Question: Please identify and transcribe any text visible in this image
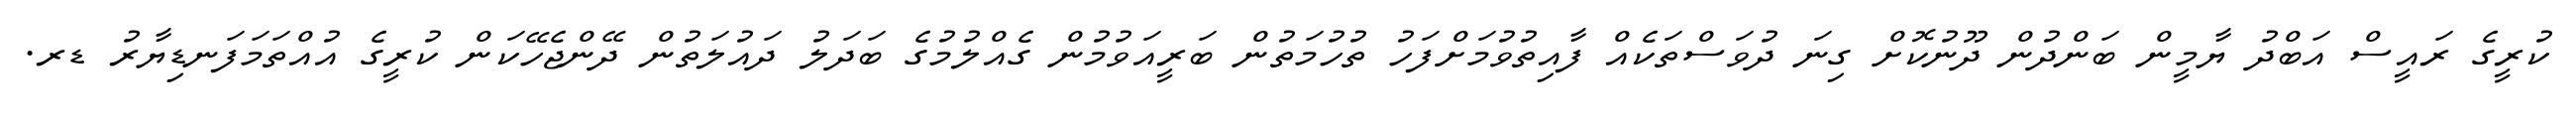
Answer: ކުރީގެ ރައީސް އަބްދު ޔާމީން ބަންދުން ދޫނުކޮށް ގިނަ ދުވަސްތަކެއް ފާއިތުވުމަށްފަހު ތުހުމަތުން ބަރީއަވުމުން ގެއްލުމުގެ ބަދަލު ދައުލަތުން ދޭންޖެހޭކަން ކުރީގެ އުއްތަމަފަނޑިޔާރު ޑރ.